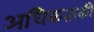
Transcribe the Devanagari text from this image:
अधिकताकी